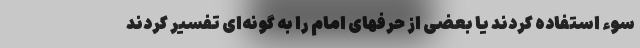
سوء استفاده کردند یا بعضی از حرفهای امام را به گونه‌ای تفسیر کردند